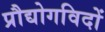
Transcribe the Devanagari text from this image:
प्रौद्योगविदों